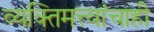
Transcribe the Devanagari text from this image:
व्यक्तिमत्त्वांचाही